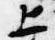
上